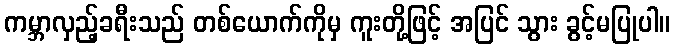
ကမ္ဘာလှည့်ခရီးသည် တစ်ယောက်ကိုမှ ကူးတို့ဖြင့် အပြင် သွား ခွင့်မပြုပါ။